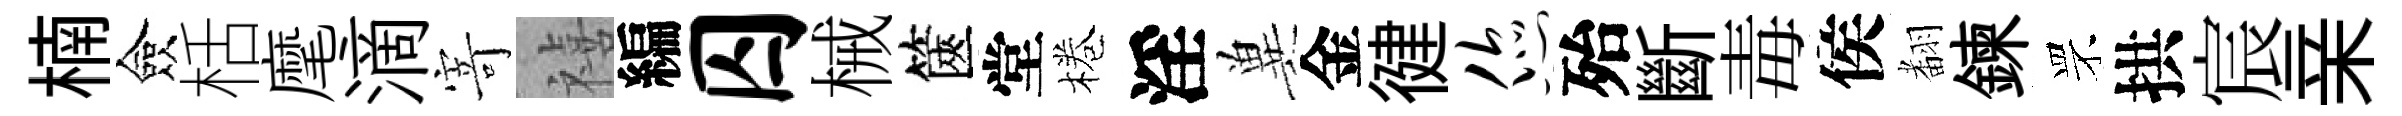
楠僉栝麾滴𭔃禧編囚械篋堂棬淫兾金徤您殆斷毒侯𮋒鍊罘拱宸亲